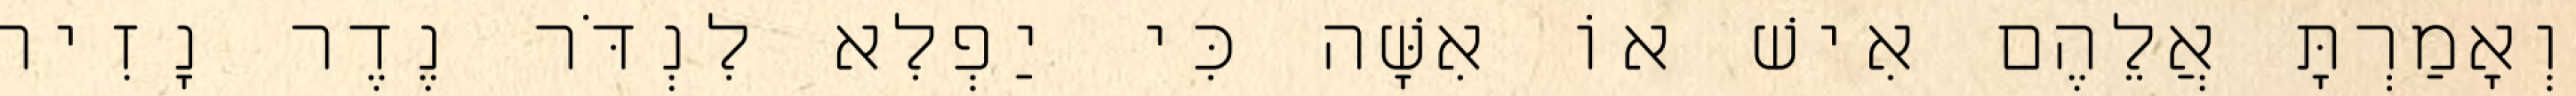
וְאָמַרְתָּ אֲלֵהֶם אִישׁ אוֹ אִשָּׁה כִּי יַפְלִא לִנְדֹּר נֶדֶר נָזִיר